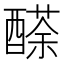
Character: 𨢬